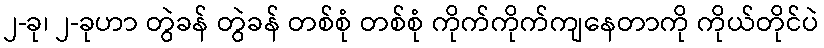
၂-ခု၊ ၂-ခုဟာ တွဲခန် တွဲခန် တစ်စုံ တစ်စုံ ကိုက်ကိုက်ကျနေတာကို ကိုယ်တိုင်ပဲ